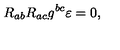
R _ { a b } R _ { a c } g ^ { b c } \varepsilon = 0 ,